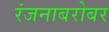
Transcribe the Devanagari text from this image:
रंजनाबरोबर